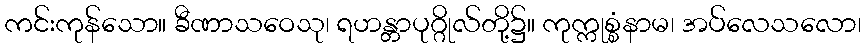
ကင်းကုန်သော။ ခီဏာသဝေသု၊ ရဟန္တာပုဂ္ဂိုလ်တို့၌။ ကုက္ကုစ္စံနာမ၊ အပ်လေသလော၊